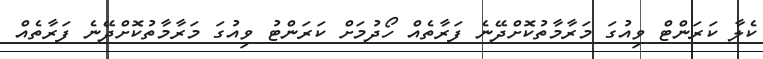
ކެލާ ކަރަންޓް ވިއުގަ މަރާމާތުކޮށްދޭނެ ފަރާތެއް ހޯދުމަށް ކަރަންޓު ވިއުގަ މަރާމާތުކޮށްދޭނެ ފަރާތެއް